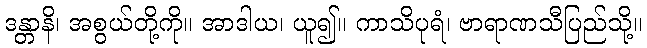
ဒန္တာနိ၊ အစွယ်တို့ကို။ အာဒါယ၊ ယူ၍။ ကာသိပုရံ၊ ဗာရာဏသီပြည်သို့။